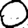
Digit: 0